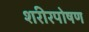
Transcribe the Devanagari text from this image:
शरीरपोषण